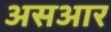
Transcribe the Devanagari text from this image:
असआर